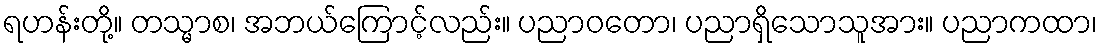
ရဟန်းတို့။ တသ္မာစ၊ အဘယ်ကြောင့်လည်း။ ပညာဝတော၊ ပညာရှိသောသူအား။ ပညာကထာ၊